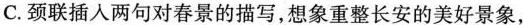
C.颈联插入两句对春景的描写，想象重整长安的美好景象，